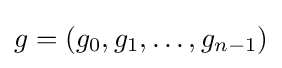
g=(g_{0},g_{1},\ldots ,g_{n-1})